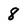
Character: 8